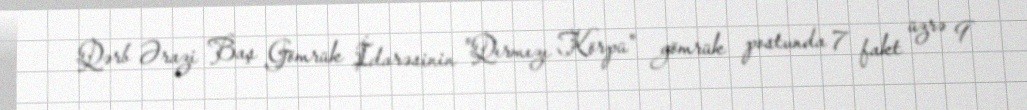
Qərb Ərazi Baş Gömrük İdarəsinin "Qırmızı Körpü" gömrük postunda 7 fakt üzrə 9